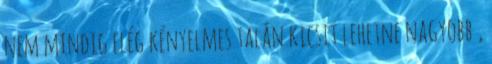
nem mindig elég kényelmes talán kicsit lehetne nagyobb ,